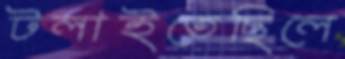
টলাইতেছিলে